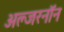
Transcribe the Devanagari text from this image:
अल्जरनॉन